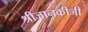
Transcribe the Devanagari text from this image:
श्रीजानकीजी